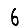
Digit: 6